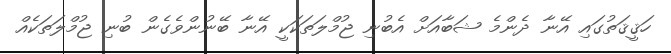
ހަޤީޤަތުގައި އޭނާ ދެންމެ ޝަބާއަށް އެބުނި ޖުމްލަތަކަކީ އޭނާ ބޭނުންވެގެން ބުނި ޖުމްލަތަކެއް